Leaving Certificate Examination (including Day School Certificate (Higher) General paper), 1934
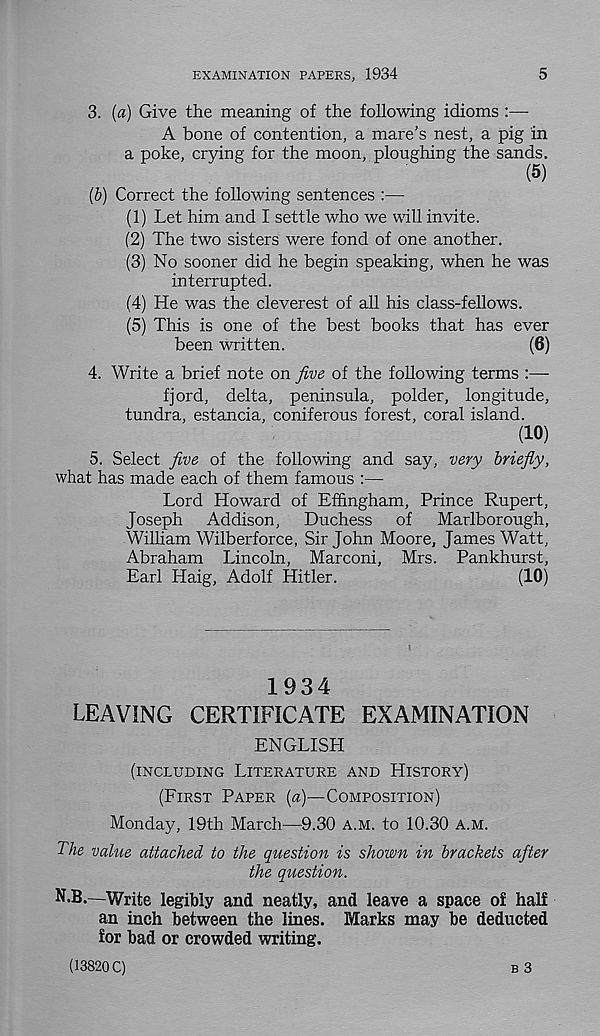
EXAMINATION PAPERS, 1934
5
3.
(b)
(a) Give the meaning of the following idioms :—
A bone of contention, a mare’s nest, a pig in
a poke, crying for the moon, ploughing the sands,
(5)
Correct the following sentences :—
(1) Let him and I settle who we will invite.
(2) The two sisters were fond of one another.
(3) No sooner did he begin speaking, when he was
interrupted.
(4) He was the cleverest of all his class-fellows.
(5) This is one of the best books that has ever
been written.
(6)
4. Write a brief note on five of the following terms :—
fjord, delta, peninsula, polder, longitude,
tundra, estancia, coniferous forest, coral island.
(10)
5. Select five of the following and say, very briefly,
what has made each of them famous :—
Lord Howard of Effingham, Prince Rupert,
Joseph Addison, Duchess of Marlborough,
Wilham Wilberforce, Sir John Moore, James Watt,
Abraham Lincoln, Marconi, Mrs. Pankhurst,
Earl Haig, Adolf Hitler.
(10)
1934
LEAVING CERTIFICATE EXAMINATION
ENGLISH
(INCLUDING LITERATURE AND HISTORY)
(FIRST PAPER (a)—COMPOSITION)
Monday, 19th March—9.30 A.M. to 10.30 A.M.
The value attached to the question is shown in brackets after
the question.
N.B.—Write legibly and neatly, and leave a space of half
an inch between the lines. Marks may be deducted
for bad or crowded writing.
(13820 C)
B 3